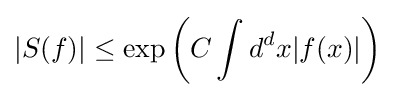
|S(f)|\leq \exp \left(C\int d^{d}x|f(x)|\right)